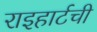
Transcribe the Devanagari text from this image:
राइहार्टची